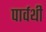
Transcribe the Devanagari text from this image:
पार्वथी